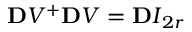
\ensuremath { \mathbf Ḋ V Ḍ } ^ { + } \ensuremath { \mathbf Ḋ V Ḍ } = \ensuremath { \mathbf Ḋ I Ḍ } _ { 2 r }